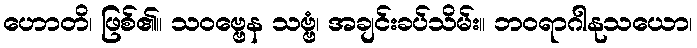
ဟောတိ၊ ဖြစ်၏။ သဝဗ္ဗေန သဗ္ဗံ၊ အချင်းခပ်သိမ်း။ ဘဝရာဂါနုသယော၊